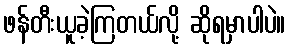
ဖန်တီးယူခဲ့ကြတယ်လို့ ဆိုရမှာပါပဲ။